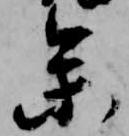
参